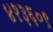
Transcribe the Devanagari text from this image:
४१३६०९